Madras plague regulations and rules - Volume 1
Disease focus: Plague
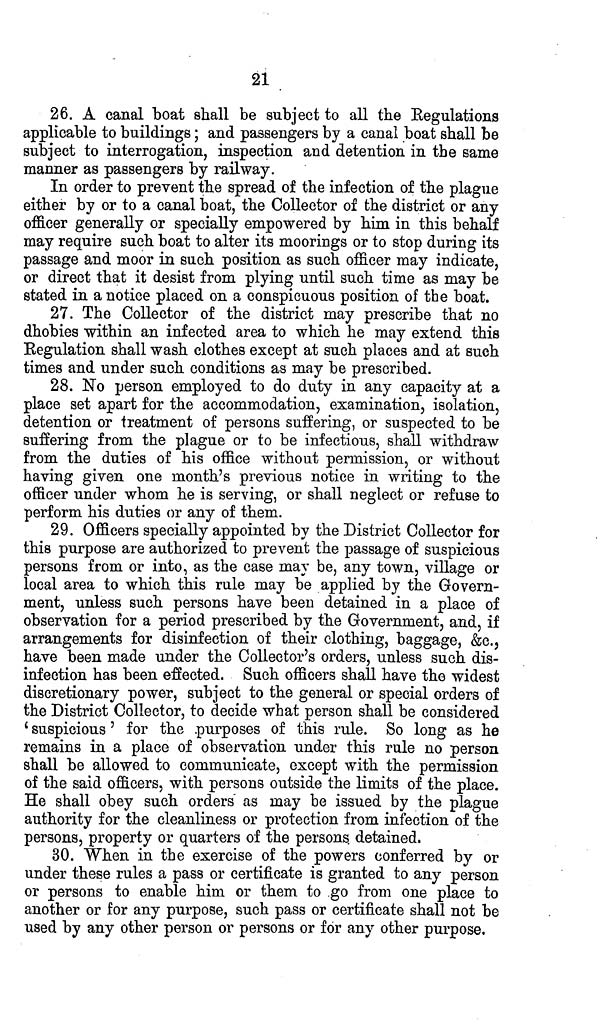
21
26. A canal boat shall be subject to all the Regulations
applicable to buildings; and passengers by a canal boat shall be
subject to interrogation, inspection and detention in the same
manner as passengers by railway.
In order to prevent the spread of the infection of the plague
either by or to a canal boat, the Collector of the district or any
officer generally or specially empowered by him in this behalf
may require such boat to alter its moorings or to stop during its
passage and moor in such position as such officer may indicate,
or direct that it desist from plying until such time as may be
stated in a notice placed on a conspicuous position of the boat.
27. The Collector of the district may prescribe that no
dhobies within an infected area to which he may extend this
Regulation shall wash clothes except at such places and at such
times and under such conditions as may be prescribed.
28. No person employed to do duty in any capacity at a
place set apart for the accommodation, examination, isolation,
detention or treatment of persons suffering, or suspected to be
suffering from the plague or to be infectious, shall withdraw
from the duties of his office without permission, or without
having given one month's previous notice in writing to the
officer under whom he is serving, or shall neglect or refuse to
perform his duties or any of them.
29. Officers specially appointed by the District Collector for
this purpose are authorized to prevent the passage of suspicious
persons from or into, as the case may be, any town, village or
local area to which this rule may be applied by the Govern-
ment, unless such persons have been detained in a place of
observation for a period prescribed by the Government, and, if
arrangements for disinfection of their clothing, baggage, &c.,
have been made under the Collector's orders, unless such dis-
infection has been effected. Such officers shall have the widest
discretionary power, subject to the general or special orders of
the District Collector, to decide what person shall be considered
'suspicious' for the purposes of this rule. So long as he
remains in a place of observation under this rule no person
shall be allowed to communicate, except with the permission
of the said officers, with persons outside the limits of the place.
He shall obey such orders as may be issued by the plague
authority for the cleanliness or protection from infection of the
persons, property or quarters of the persons detained.
30. When in the exercise of the powers conferred by or
under these rules a pass or certificate is granted to any person
or persons to enable him or them to go from one place to
another or for any purpose, such pass or certificate shall not be
used by any other person or persons or for any other purpose.